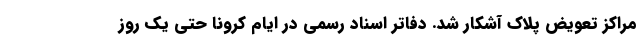
مراکز تعویض پلاک آشکار شد. دفاتر اسناد رسمی در ایام کرونا حتی یک روز